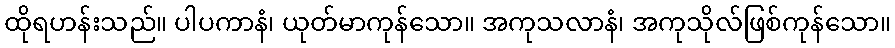
ထိုရဟန်းသည်။ ပါပကာနံ၊ ယုတ်မာကုန်သော။ အကုသလာနံ၊ အကုသိုလ်ဖြစ်ကုန်သော။